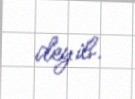
deyib.